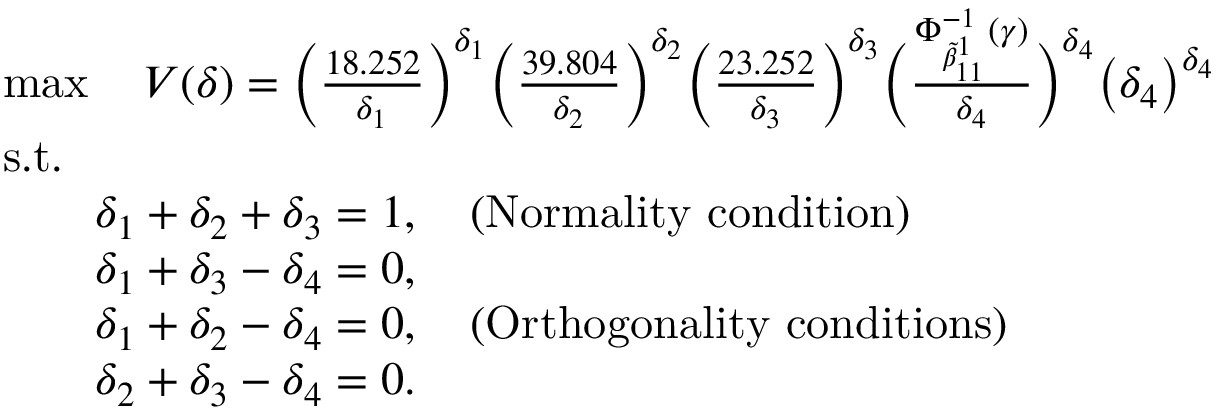
\begin{array} { r l } & { \operatorname* { m a x } \quad V ( \delta ) = \bigg ( \frac { 1 8 . 2 5 2 } { { \delta _ { 1 } } } \bigg ) ^ { { \delta _ { 1 } } } \bigg ( \frac { 3 9 . 8 0 4 } { { \delta _ { 2 } } } \bigg ) ^ { { \delta _ { 2 } } } \bigg ( \frac { 2 3 . 2 5 2 } { { \delta _ { 3 } } } \bigg ) ^ { { \delta _ { 3 } } } \bigg ( \frac { \Phi _ { \tilde { \beta } _ { 1 1 } ^ { 1 } } ^ { - 1 } ( \gamma ) } { { \delta _ { 4 } } } \bigg ) ^ { { \delta _ { 4 } } } \big ( \delta _ { 4 } \big ) ^ { \delta _ { 4 } } } \\ & { \mathrm { s . t . } } \\ & { \qquad \delta _ { 1 } + \delta _ { 2 } + \delta _ { 3 } = 1 , \quad ( \mathrm { N o r m a l i t y ~ c o n d i t i o n } ) } \\ & { \qquad \delta _ { 1 } + \delta _ { 3 } - \delta _ { 4 } = 0 , } \\ & { \qquad \delta _ { 1 } + \delta _ { 2 } - \delta _ { 4 } = 0 , \quad ( \mathrm { O r t h o g o n a l i t y ~ c o n d i t i o n s } ) } \\ & { \qquad \delta _ { 2 } + \delta _ { 3 } - \delta _ { 4 } = 0 . } \end{array}